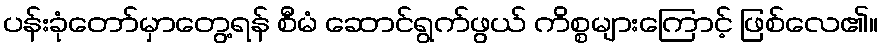
ပန်းခုံတော်မှာတွေ့ရန် စီမံ ဆောင်ရွက်ဖွယ် ကိစ္စများကြောင့် ဖြစ်လေ၏။